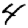
Digit: 4